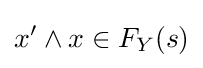
x'\wedge x\in F_{Y}(s)